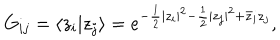
G _ { i j } = \langle z _ { i } | z _ { j } \rangle = e ^ { - \frac 1 2 | z _ { i } | ^ { 2 } - \frac 1 2 | z _ { j } | ^ { 2 } + \bar { z } _ { i } z _ { j } } ,